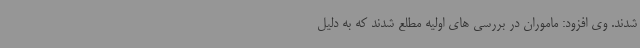
شدند. وی افزود: ماموران در بررسی ‌های اولیه مطلع شدند که به دلیل